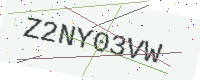
Text: Z2NY03VW